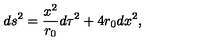
d s ^ { 2 } = \frac { x ^ { 2 } } { r _ { 0 } } d \tau ^ { 2 } + 4 r _ { 0 } d x ^ { 2 } ,